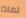
لماذا